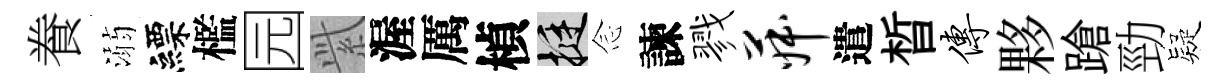
飬溺縹檻园𬗋渥厲楨挺𫝹諫戮菽遣晳传夥蹌勁疑